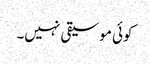
کوئی موسیقی نہیں۔